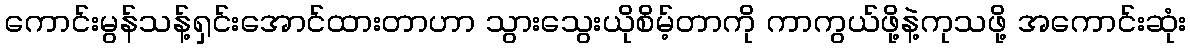
ကောင်းမွန်သန့်ရှင်းအောင်ထားတာဟာ သွားသွေးယိုစိမ့်တာကို ကာကွယ်ဖို့နဲ့ကုသဖို့ အကောင်းဆုံး